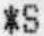
*S